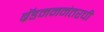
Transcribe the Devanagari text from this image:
ब्रॅडमननंतरची